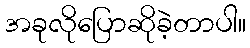
အခုလိုပြောဆိုခဲ့တာပါ။